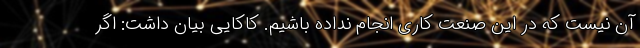
آن نیست که در این صنعت کاری انجام نداده باشیم. کاکایی بیان داشت: اگر